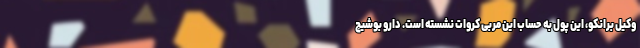
وکیل برانکو، این پول به حساب این مربی کروات نشسته است. دارو بوشیچ